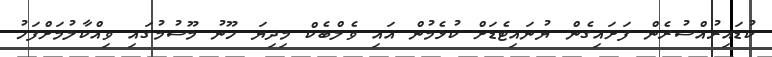
ކުޑައިރުއްސުރެން ފަށައިގެން ޔުނައިޓެޑަށް ކުޅެމުން އައި ވެލްބެކް މިދިޔަ ހޫނު މޫސުމުގައި ވިއްކާލުމަށްފަހު